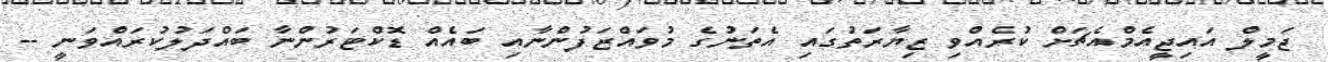
ޖަމީލް އައިޖީއެމްއެޗަށް ކުރެއްވި ޒިޔާރަތުގައި އެތަނުގެ މުވައްޒަފުންނާއި ބައެއް ޑޮކްޓަރުންނާ ބައްދަލުކުރައްވަނީ --